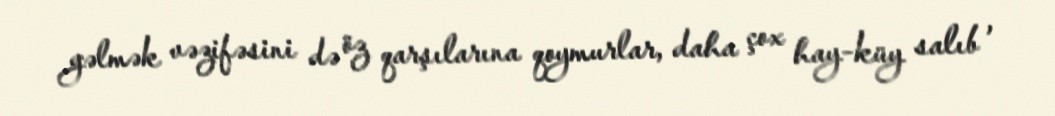
gəlmək vəzifəsini də öz qarşılarına qoymurlar, daha çox hay-küy salıb ,